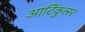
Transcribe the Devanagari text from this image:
आर्टिकुलर